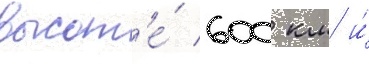
высот'е́ 600 км и́